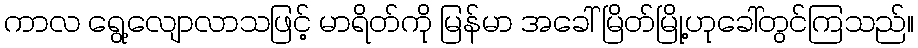
ကာလ ရွေ့လျောလာသဖြင့် မာရိတ်ကို မြန်မာ အခေါ် မြိတ်မြို့ဟုခေါ်တွင်ကြသည်။